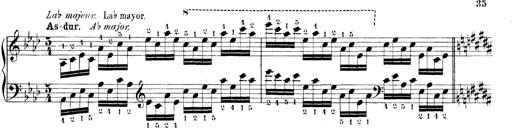
Title: Technische Studien
Composer: Franz Liszt